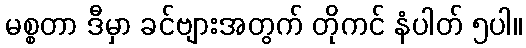
မစ္စတာ ဒီမှာ ခင်ဗျားအတွက် တိုကင် နံပါတ် ၅ပါ။